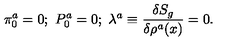
\pi _ { 0 } ^ { a } = 0 ; \ P _ { 0 } ^ { a } = 0 ; \ \lambda ^ { a } \equiv \frac { \delta S _ { g } } { \delta \rho ^ { a } ( x ) } = 0 .